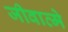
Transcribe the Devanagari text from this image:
जीवात्मे